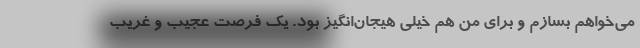
می‌خواهم بسازم و برای من هم خیلی هیجان‌انگیز بود. یک فرصت عجیب و غریب